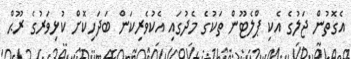
އެގޮތުން ޖަލުގެ އެކި ޕްލެޓޫން ތަކުގެ މެދުގައި އެކުވެރިކަން ބަދަހިކޮށް ކުޅިވަރުގެ ރޫޙް